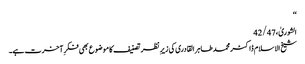
‘‘
الشوریٰ، 42/47
شیخ الاسلام ڈاکٹر محمد طاہر القادری کی زیرِ نظر تصنیف کا موضوع بھی فکرِ آخرت ہے۔